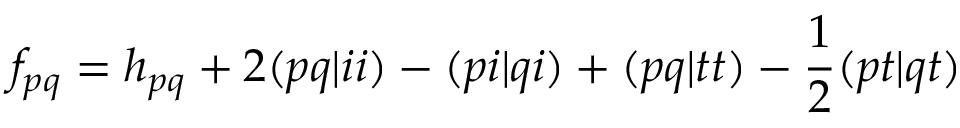
f _ { p q } = h _ { p q } + 2 ( p q | i i ) - ( p i | q i ) + ( p q | t t ) - \frac { 1 } { 2 } ( p t | q t )